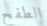
الطفح